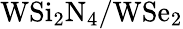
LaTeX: \mathrm{WSi_{2}N_{4}/WSe_{2}}